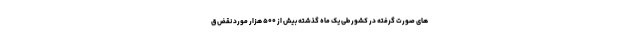
های صورت گرفته در کشور طی یک ماه گذشته بیش از ۵۰۰ هزار مورد نقض ق